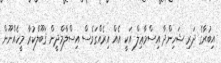
އިބުރާގެ ދަރި ޝަހިންދާ އިސްމާޢިލް އަކީ އެއް އިރެއްގަވެސް އިސްލާމްދީން ޤަބޫލްކުރާ މީހެއްނޫން